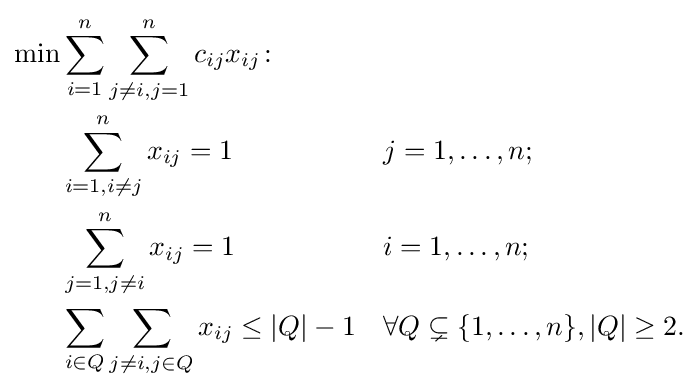
{\begin{aligned}\min &\sum _{i=1}^{n}\sum _{j\neq i,j=1}^{n}c_{ij}x_{ij}\colon &&\\&\sum _{i=1,i\neq j}^{n}x_{ij}=1&&j=1,\ldots ,n;\\&\sum _{j=1,j\neq i}^{n}x_{ij}=1&&i=1,\ldots ,n;\\&\sum _{i\in Q}{\sum _{j\neq i,j\in Q}{x_{ij}}}\leq |Q|-1&&\forall Q\subsetneq \{1,\ldots ,n\},|Q|\geq 2.\\\end{aligned}}